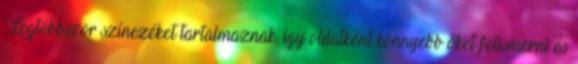
Legtöbbször színezéket tartalmaznak, így oldatként könnyebb őket felismerni és